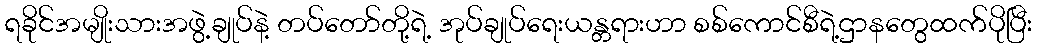
ရခိုင်အမျိုးသားအဖွဲ့ချုပ်နဲ့ တပ်တော်တို့ရဲ့ အုပ်ချုပ်ရေးယန္တရားဟာ စစ်ကောင်စီရဲ့ဌာနတွေထက်ပိုပြီး